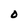
Character: 0